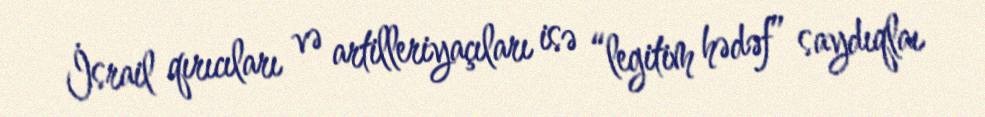
İsrail qırıcıları və artilleriyaçıları isə “legitim hədəf” saydıqlaı